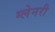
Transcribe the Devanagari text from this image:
ग्‍लेनरी